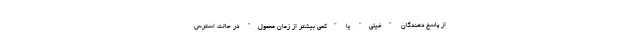
از پاسخ دهندگان "خیلی" یا "کمی بیشتر از زمان معمول" در حالت استرس